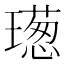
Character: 𤩿